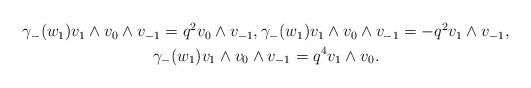
LaTeX: \begin{align*}\begin{gathered}\gamma_{-}(w_{1}) v_{1} \wedge v_{0} \wedge v_{-1} = q^{2} v_{0} \wedge v_{-1}, \gamma_{-}(w_{1}) v_{1} \wedge v_{0} \wedge v_{-1} = -q^{2} v_{1} \wedge v_{-1}, \\\gamma_{-}(w_{1}) v_{1} \wedge v_{0} \wedge v_{-1} = q^{4} v_{1} \wedge v_{0}.\end{gathered}\end{align*}